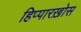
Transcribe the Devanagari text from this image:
हिप्पारख़ोस